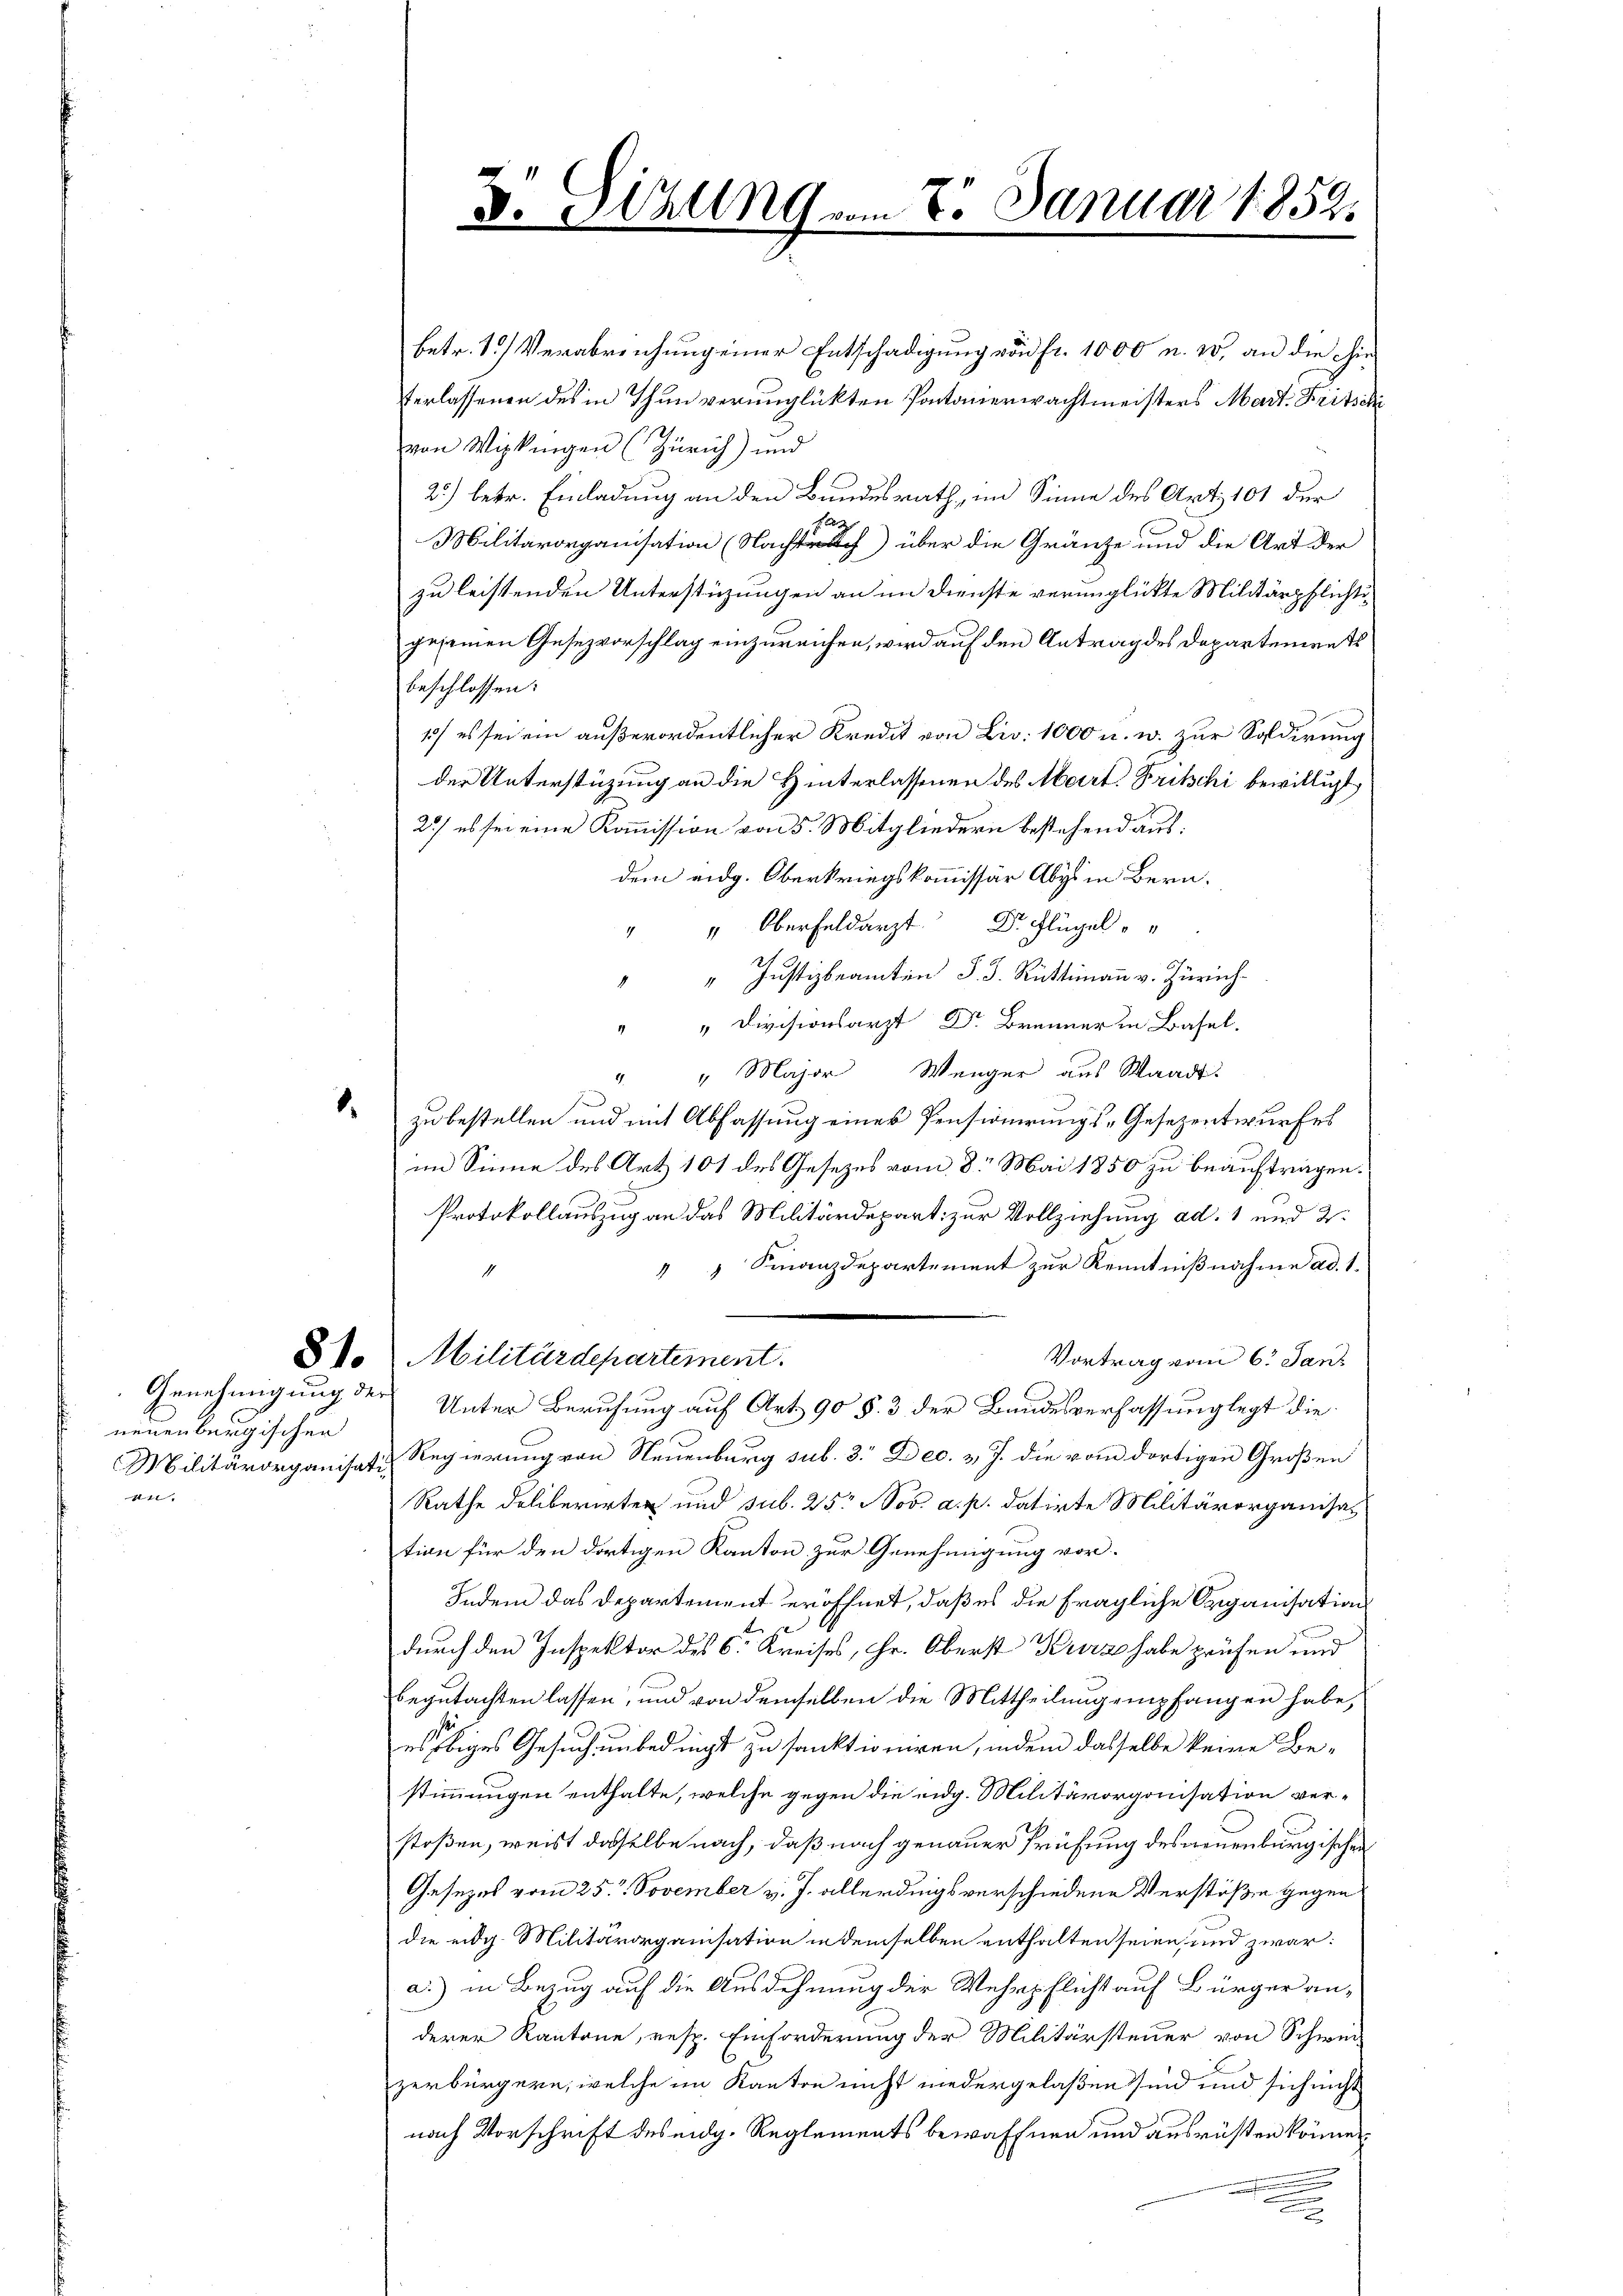
neuenbergischen
411

D. Sitzung vom 8. Januar 1859.

betr. T.) Verabreichung einer Entschädigung vnd fr. 1000 u. 10. an die die
terlassenen des in Thun verunglückten Pontanerwachtmeisters Mart. Fritschi
von Wipkingen (Zürich) und
2.) betr. Einladung an den Bundesrath, im Sinne des Art. 101 der
sag
Militärorganisation (Nachtuch) über die Gränze und die Art der
zu leistenden Unterstüzungen an im Dienste verunglückte Militärpflichtigeseinen Gesezvorschlag einzureichen, wird auf den Antrag des Departements
beschlossen:
1) es sei ein außerordentlicher Kredit von Lio: 1000 u. w. zur Soldirung
der Unterstüzung an die Hinterlassenen des Mart. Fritschi bewilligt
2.) es sei eine Kommission von 5. Mitgliedern bestehend aus:
dem eidg. Oberkriegskommissär Abge in Bern.
" Oberfeldarzt Dr. Flügel
.
" Justizbeamten J. J. Rüttimann v. Zürich
1
" " Divisionsarzt Dr Brunner in Basel.
" Major Wenger aus Waadt.
4
a
. zu bestellen und mit Abfassung eines Pensionirungs-Gesezentwurfes
im Sinne des Art 101 des Gesezes vom 8. Mai 1850 zu beauftragen.
Protokollauszug an das Militärdepart zur Vollziehung ad. 1 und 2.
 " Finanzdepartement zur Kenntnißnahme ad 1.
8 V. Militärdepartement.
Vortrag vom 6. Jan
Genehmigung des Unter Berufung auf Art. 90 § 3 der Bundesverfassung legt die
Militärorganisati, Regierung von Neuenburg sub. 3. Dec. v. J. die vom dortigen Großen
Rathe deliberirten und sub. 25. Nov. a. p. datirte Militärorganisation für den dortigen Kanton zur Genehmigung vor.
Indem das Departement eröffnet, daß es die fragliche Organisation
durch den Inspektor des C. Kreises, Hr. Oberst Kurz habe prüfen und
begutachten lassen, und von demselben die Mittheilung empfangen habe,
es obiges Gesuch unbedingt zu sanktioniren, indem dasselbe keine Bestimmungen enthalte, welche gegen die eidg. Militärorganisation verstoßen, weist dasselbe nach, daß nach genauer Prüfung des neuenburgischen
Gesezes vom 25. November v. J. allerdings verschiedene Verstöße gegen
die eidg. Militärorganisation in demselben enthalten seien, und zwar:
a.) in Bezug auf die Ausdehnung der Wehrpflicht auf Bürger anderer Kantone, resp. Einforderung der Militärsteuer von Schwei
zerbürgern, welche im Kanton nicht niedergelaßen sind und sich nicht
nach Vorschrift des eidg. Reglements bewaffnen und ausrüsten können
2